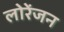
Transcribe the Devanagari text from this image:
लोरेंजन